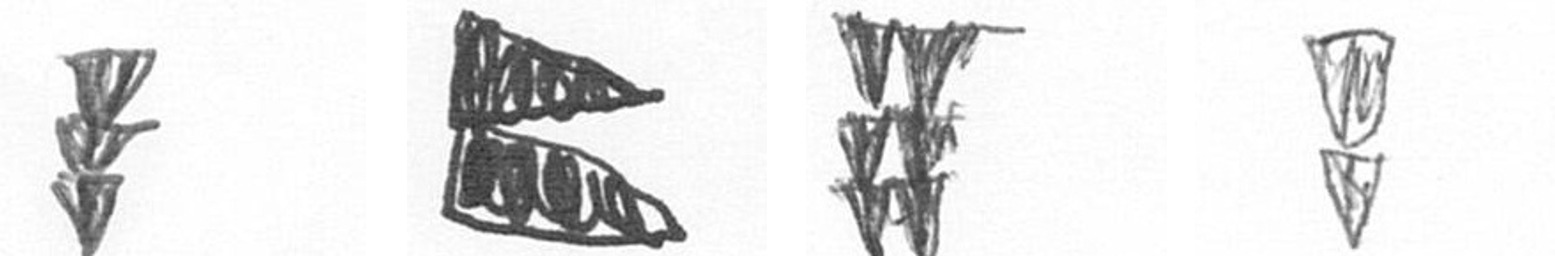
E P Y Z